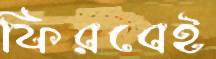
ফিরবেই